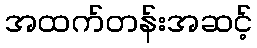
အထက်တန်းအဆင့်